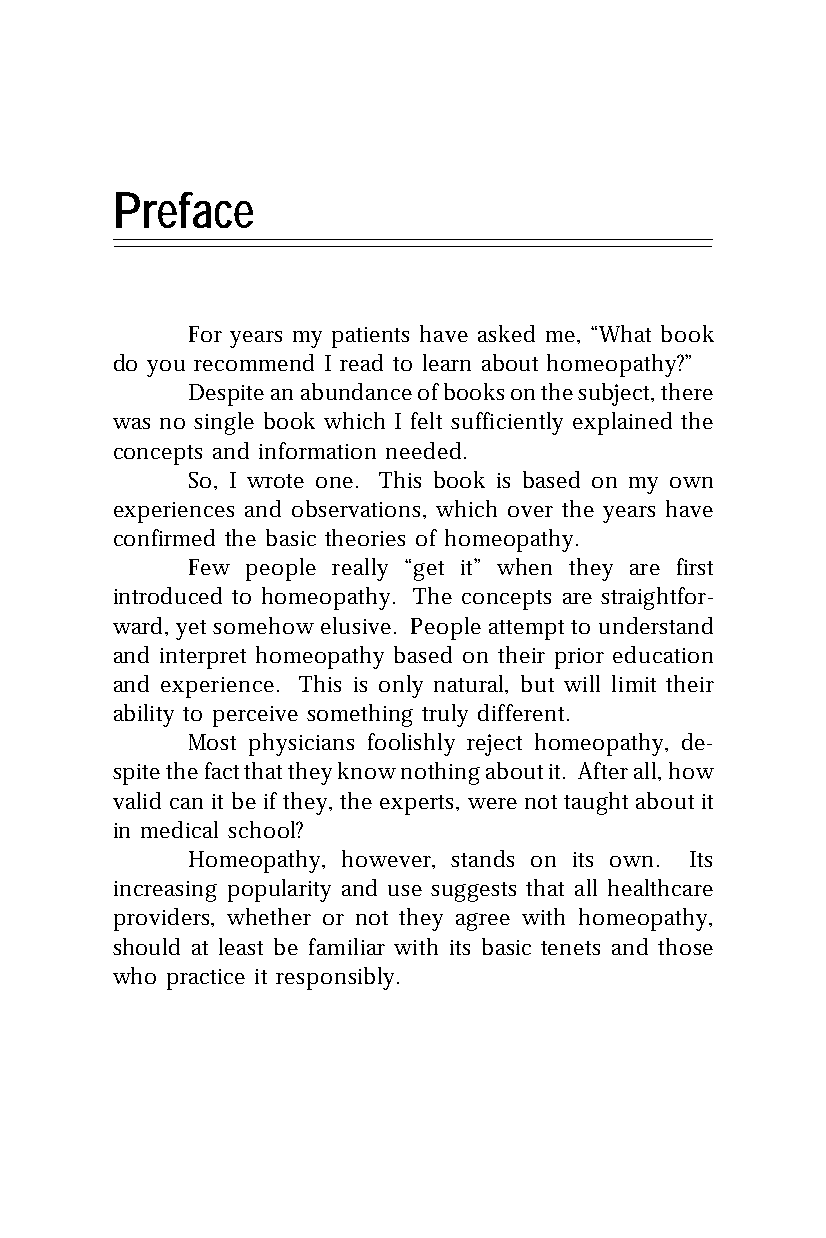
Preface
 For years my patients have asked me, “What book
 do you recommend I read to learn about homeopathy?”
 Despite an abundance of books on the subject, there
 was no single book which I felt sufficiently explained the
 concepts and information needed.
 So, I wrote one. This book is based on my own
 experiences and observations, which over the years have
 confirmed the basic theories of homeopathy.
 Few people really “get it” when they are first
 introduced to homeopathy. The concepts are straightfor-
 ward, yet somehow elusive. People attempt to understand
 and interpret homeopathy based on their prior education
 and experience. This is only natural, but will limit their
 ability to perceive something truly different.
 Most physicians foolishly reject homeopathy, de-
 spite the fact that they know nothing about it. After all, how
 valid can it be if they, the experts, were not taught about it
 in medical school?
 Homeopathy, however, stands on its own. Its
 increasing popularity and use suggests that all healthcare
 providers, whether or not they agree with homeopathy,
 should at least be familiar with its basic tenets and those
 who practice it responsibly.